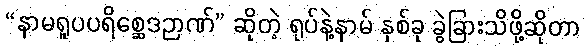
“နာမရူပပရိစ္ဆေဒဉာဏ်” ဆိုတဲ့ ရုပ်နဲ့နာမ် နှစ်ခု ခွဲခြားသိဖို့ဆိုတာ